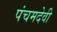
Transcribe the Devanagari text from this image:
पंचमदेवी